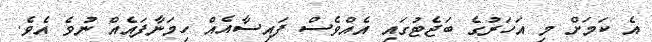
އެ ކަމަށް މި އަހަރުގެ ބަޖެޓުގައި އެއްވެސް ފައިސާއެއް ހިމަނާފައެއް ނުވެ އެވެ.